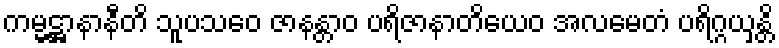
ကမ္မဋ္ဌာနာနီတိ သူပသဝေ ဇာနန္တာဝ ပရိဇာနာတိယေဝ အလမေတံ ပရိဂ္ဂယှန္တိ